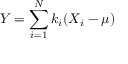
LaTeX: Y = \sum _ { i = 1 } ^ { N } k _ { i } ( X _ { i } - \mu )